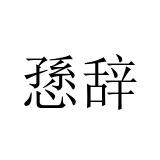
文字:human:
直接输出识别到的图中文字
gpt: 愻辞